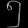
Digit: ၅